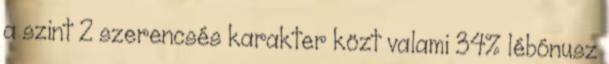
a szint 2 szerencsés karakter közt valami 34% lébónusz